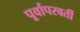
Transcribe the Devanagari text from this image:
पूर्वापरवर्ती